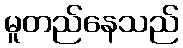
မူတည်နေသည်